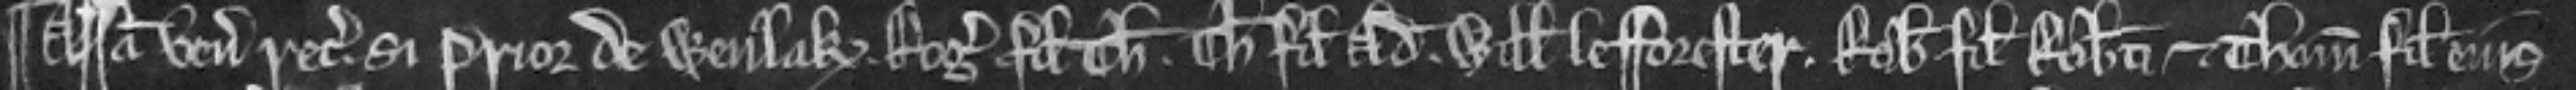
¶ Assisa venit recognitura si Prior de Wenlak Rogerus filius Thome Thomas filius Ade Willelmus le Forester Robertus filius Roberti et Thomas filius ejus